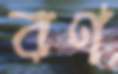
বণ